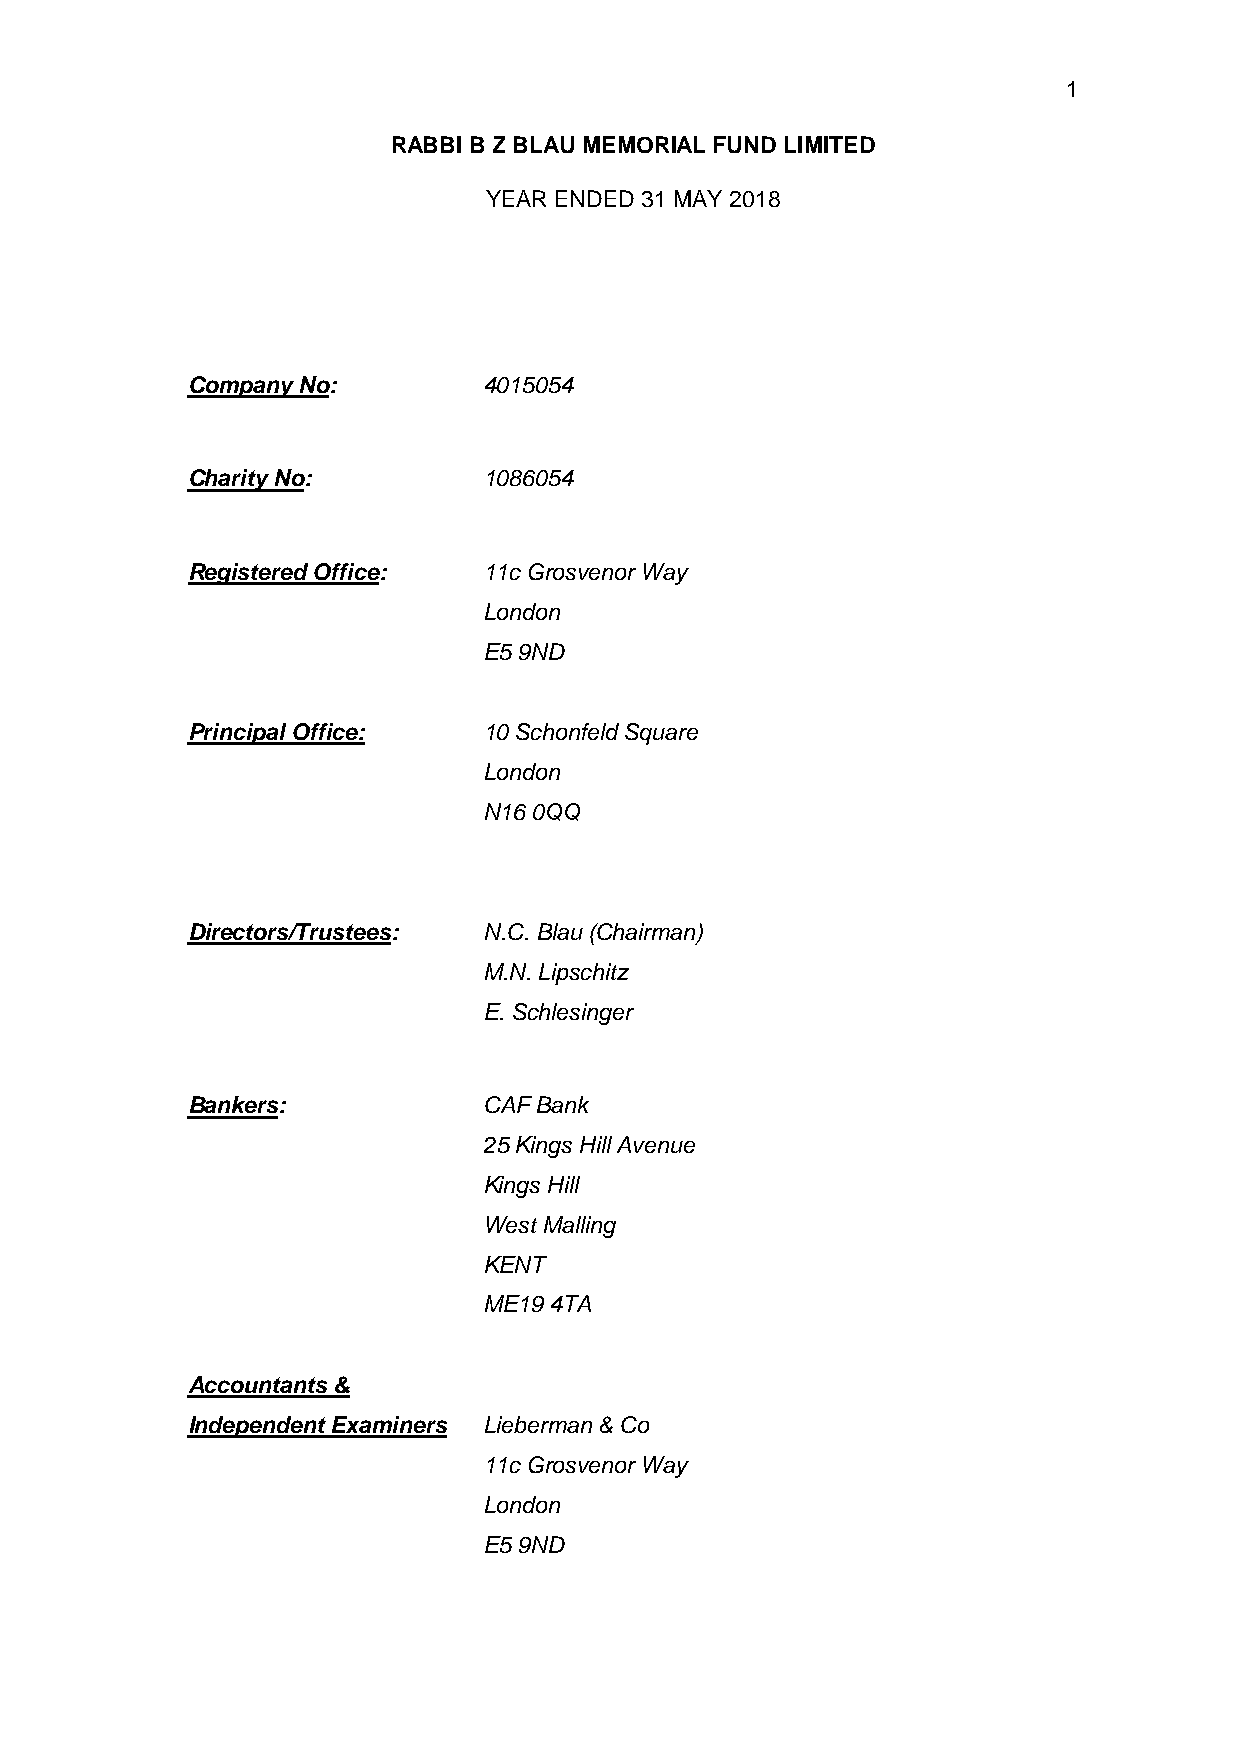
1
 RABBI B Z BLAU MEMORIAL FUND LIMITED
 YEAR ENDED 31 MAY 2018
 Company No:         4015054
 Charity No:         1086054
 Registered Office:  11c Grosvenor Way
 London
 E5 9ND
 Principal Office:   10 Schonfeld Square
 London
 N16 0QQ
 Directors/Trustees: N.C. Blau (Chairman)
 M.N. Lipschitz
 E. Schlesinger
 Bankers:            CAF Bank
 25 Kings Hill Avenue
 Kings Hill
 West Malling
 KENT
 ME19 4TA
 Accountants &
 Independent Examiners Lieberman & Co
 11c Grosvenor Way
 London
 E5 9ND